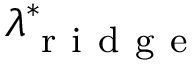
\lambda _ { \mathrm { ~ r ~ i ~ d ~ g ~ e ~ } } ^ { \ast }